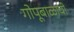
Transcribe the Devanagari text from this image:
गोपूबाळाची